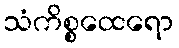
သံကိစ္စထေရော